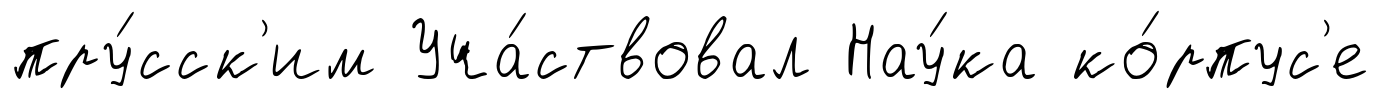
пру́сск'им Уча́ствовал Нау́ка ко́рпус'е